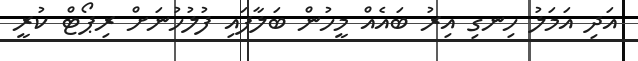
އަދި އަމަލު ހިނގި އިރު ބައެއް މީހުން ބަލާފައި ފުލުހުނަށް ރިޕޯޓް ކުރީ